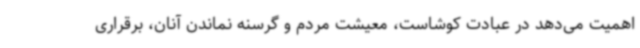
اهمیت می‌دهد در عبادت کوشاست، معیشت مردم و گرسنه نماندن آنان، برقراری